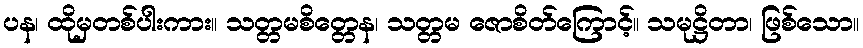
ပန၊ ထိုမှတစ်ပါးကား။ သတ္တမစိတ္တေန၊ သတ္တမ ဇောစိတ်ကြောင့်။ သမုဋ္ဌိတာ၊ ဖြစ်သော။